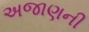
અજાણની